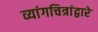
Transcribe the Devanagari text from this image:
व्यांगचित्रांद्वारे